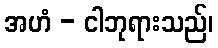
အဟံ - ငါဘုရားသည်၊